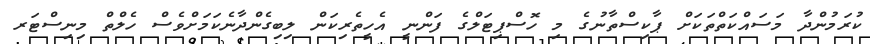
ކުރަމުންދާ މަސައްކަތްތަކަށް ޕާކިސްތާނުގެ މި ހޮސްޕިޓަލްގެ ފަންނީ އެހީތެރިކަން ލިބިގެންދާނެކަމަށްވެސް ހެލްތް މިނިސްޓަރ